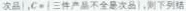
次品 |$$，$$C = | 三件产品不全是次品 |$$，则下列结